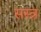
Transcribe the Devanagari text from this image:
सस्त्र